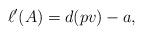
LaTeX: \begin{align*} \ell'(A)=d(pv)-a, \end{align*}